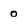
Character: o